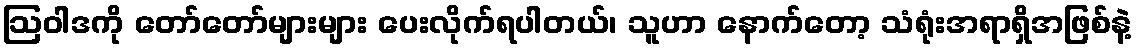
ဩဝါဒကို တော်တော်များများ ပေးလိုက်ရပါတယ်၊ သူဟာ နောက်တော့ သံရုံးအရာရှိအဖြစ်နဲ့